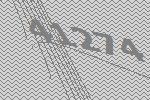
41274